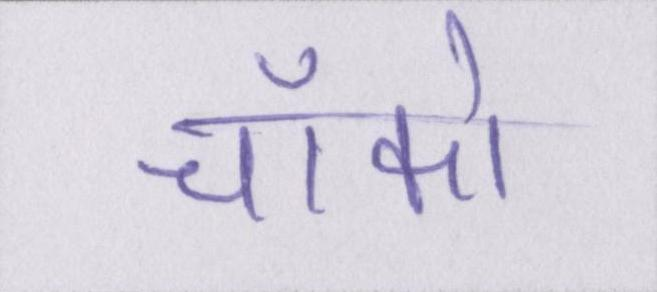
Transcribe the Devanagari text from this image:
चॉको